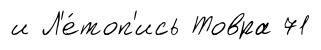
и Л'е́топ'ись Товра 71